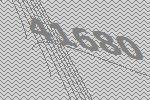
41680